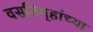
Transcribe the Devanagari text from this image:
वसतिगृहांच्या